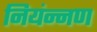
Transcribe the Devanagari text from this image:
नियंन्नण